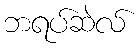
ဘရပ်ဆဲလ်